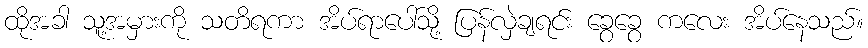
ထိုအခါ သူ့အမှားကို သတိရကာ အိပ်ရာပေါ်သို့ ပြန်လှဲချရင်း ခွေခွေ ကလေး အိပ်နေသည်။